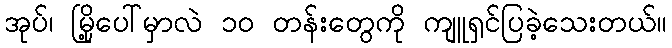
အုပ်၊ မြို့ပေါ်မှာလဲ ၁၀ တန်းတွေကို ကျူရှင်ပြခဲ့သေးတယ်။